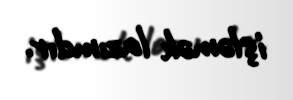
işləmək lazımdır.